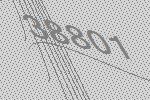
38801